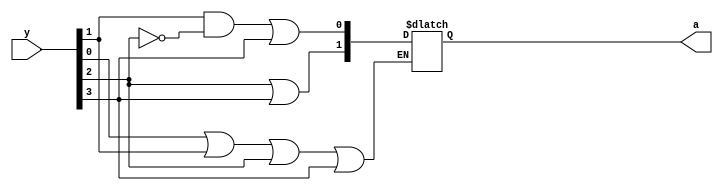
module priorityencoder(y,a);
input [3:0]y;
output reg [1:0]a;
always @(*)begin 
if(y[0]==1'b1 || y[1]==1'b1 || y[2]==1'b1 || y[3]==1'b1)begin
a[1]=y[2]|y[3];
a[0]=y[1]&(~y[2]) | y[3];
end
else begin
$monitor("priority not given to any bit");
end
end
endmodule
module test();
reg [3:0]y;
wire [1:0]a;
priorityencoder DUT(.y(y),.a(a));
initial begin
#10;
y=4'b0001;
#10;
y=4'b0011;
#10;
y=4'b1011;
#10;
y=4'b0101;
#10;
y=4'b1111;
#10;
y=4'b1001;
#10;
y=4'b0000;
#10;
end 
initial begin
$monitor("time=%d,y=%b,a=%b",$time,y,a);
$dumpfile("decimaltoBCD.vcd");
$dumpvars();
end
endmodule